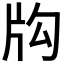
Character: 𤖮